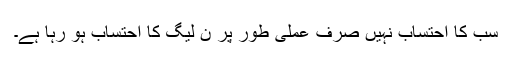
سب کا احتساب نہیں صرف عملی طور پر ن لیگ کا احتساب ہو رہا ہے۔